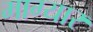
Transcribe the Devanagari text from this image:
माग्यार